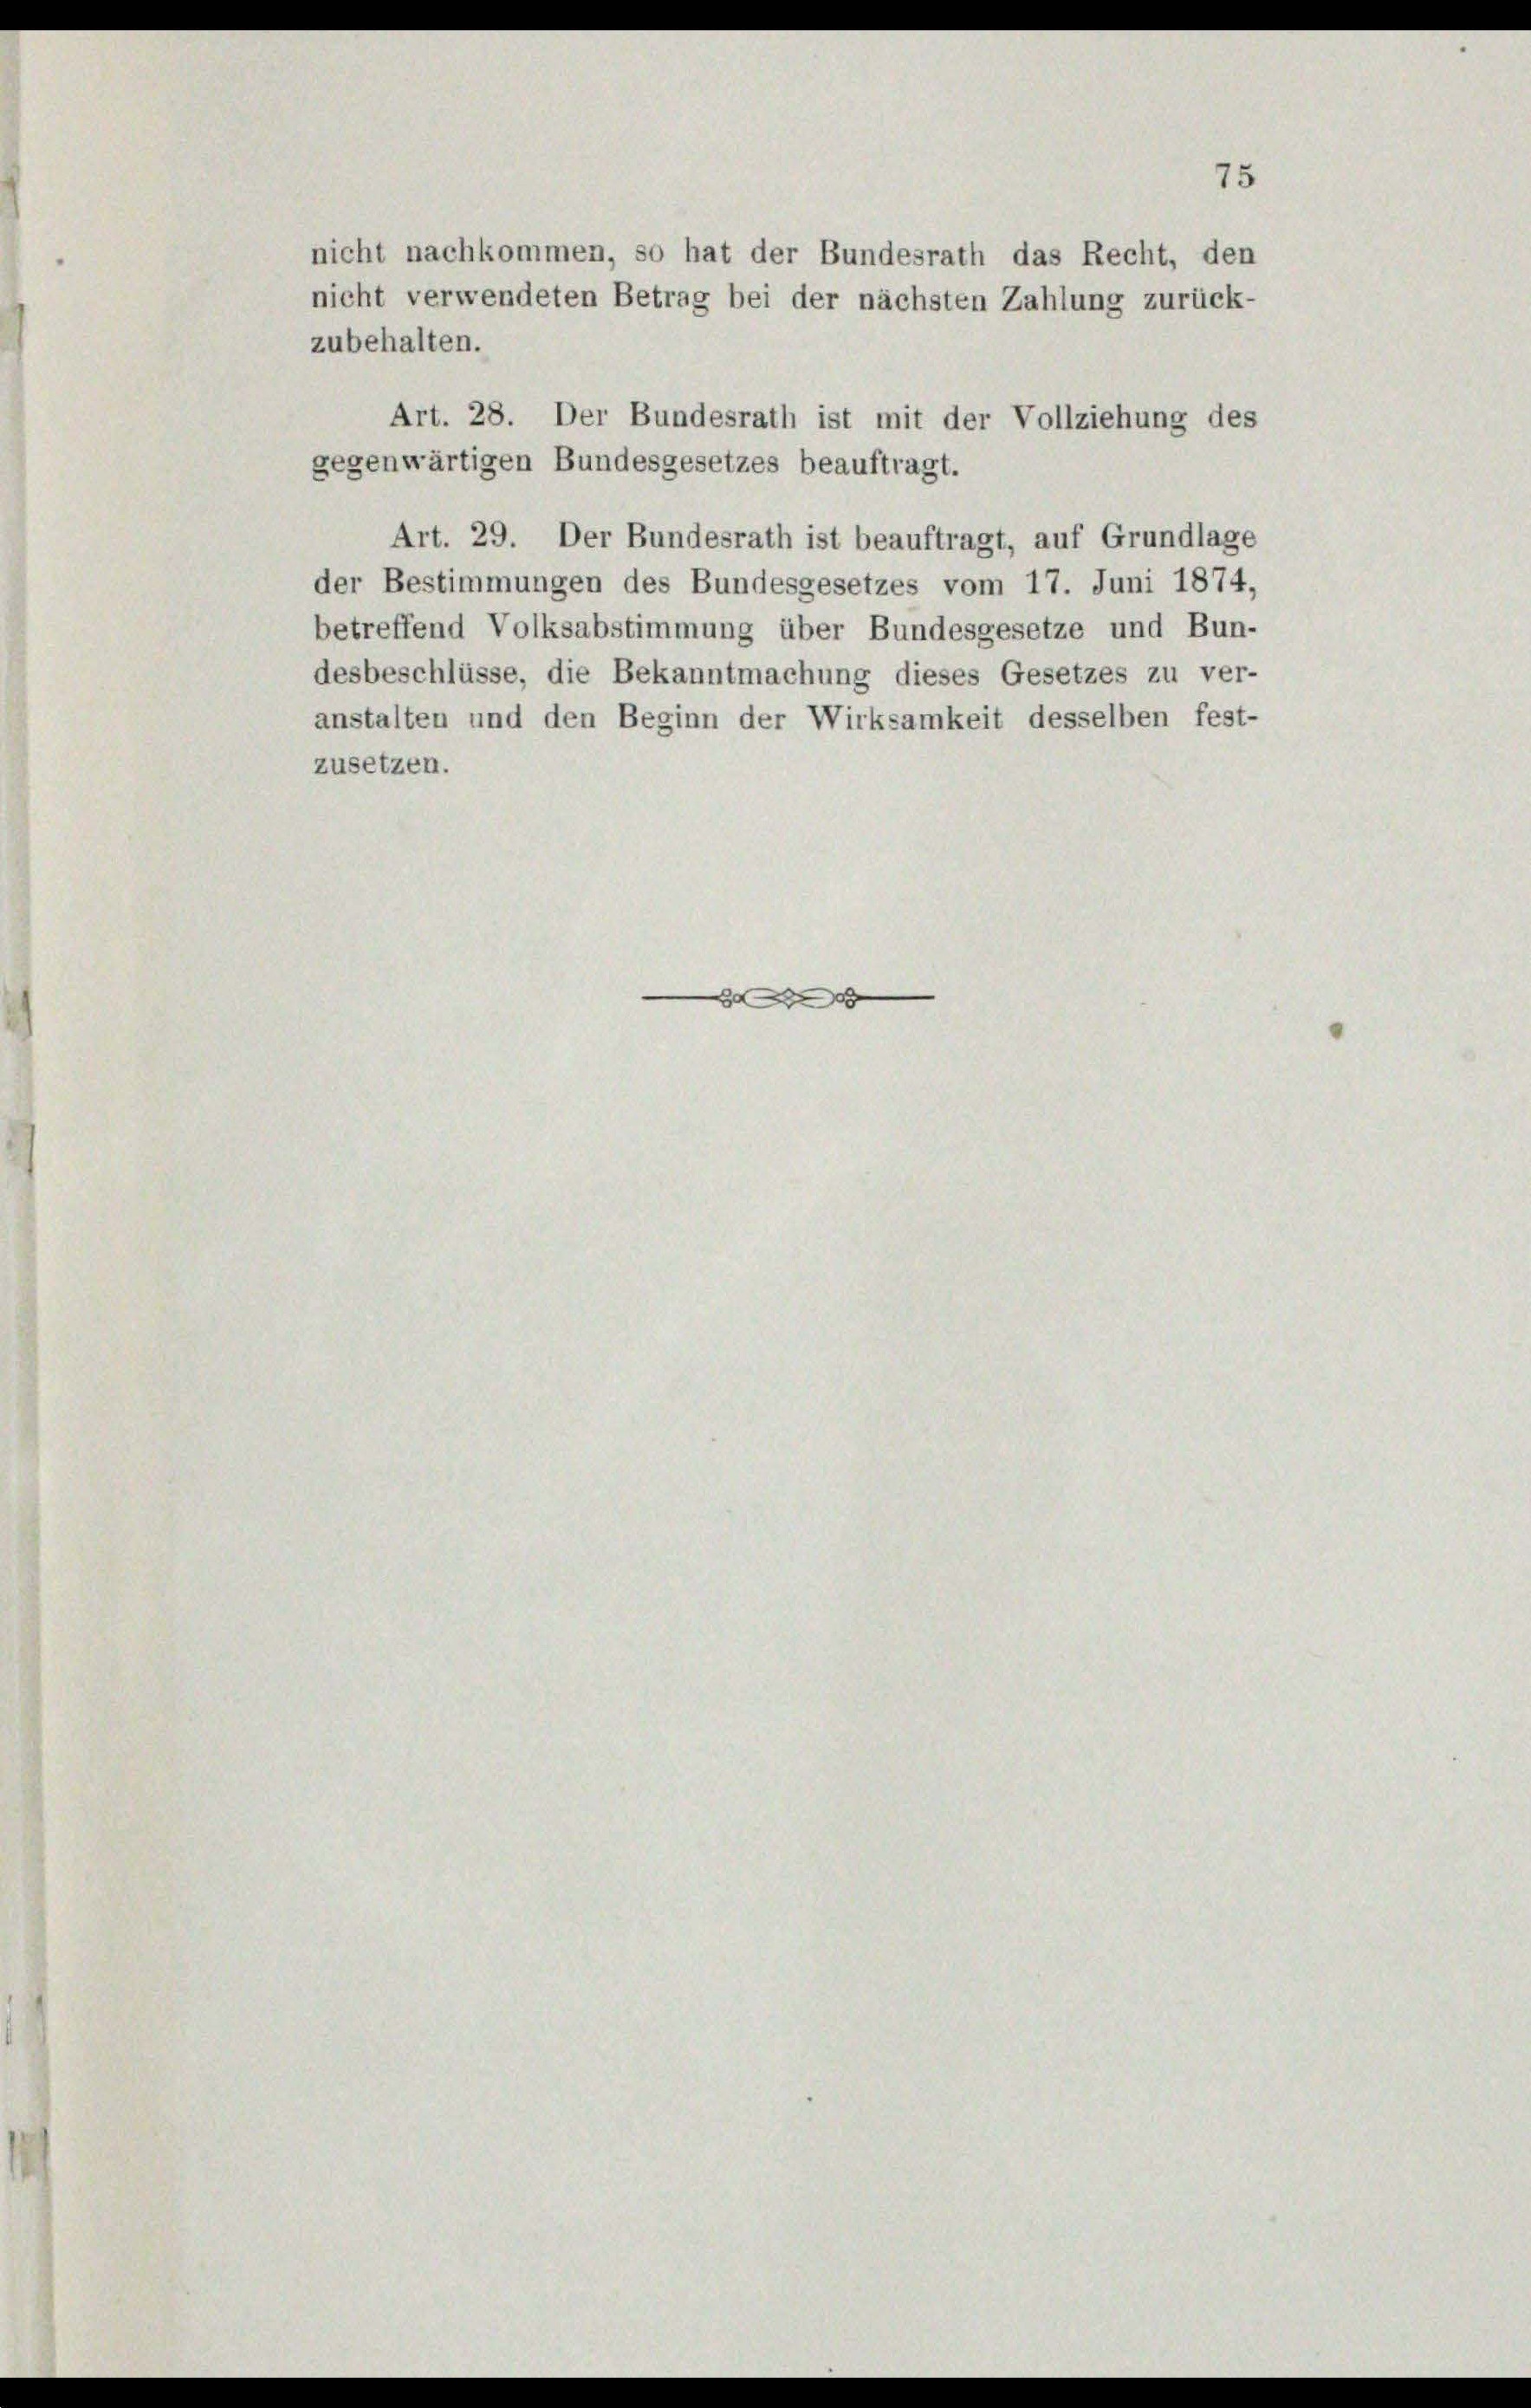
Art. 28. Der Bundesrath ist mit der Vollziehung des
gegenwärtigen Bundesgesetzes beauftragt.
Art. 29. Der Bundesrath ist beauftragt, auf Grundlage
der Bestimmungen des Bundesgesetzes vom 17. Juni 1874,
betreffend Volksabstimmung über Bundesgesetze und Bun-
desbeschlüsse, die Bekanntmachung dieses Gesetzes zu ver-
anstalten und den Beginn der Wirksamkeit desselben fest-
zusetzen.

75
nicht nachkommen, so hat der Bundesrath das Recht, den
nicht verwendeten Betrag bei der nächsten Zahlung zurück-
zubehalten.

8